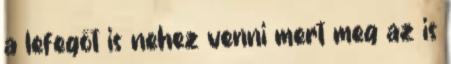
a lefegőt is nehez venni mert meg az is